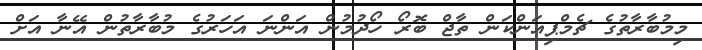
މިމުބާރާތުގެ ޗެމްޕިއަންކަން ތާޖް ބޮރޯ ހޯދުމުން އަންނަ އަހަރުގެ މުބާރާތުން އޭނާ އަށް